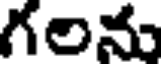
గలను